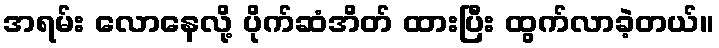
အရမ်း လောနေလို့ ပိုက်ဆံအိတ် ထားပြီး ထွက်လာခဲ့တယ်။